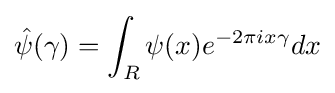
{\hat {\psi }}(\gamma )=\int _{R}\psi (x)e^{-2\pi ix\gamma }dx